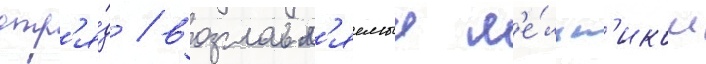
отр'я́д / возглавл'яемыи м'е́льн'иком